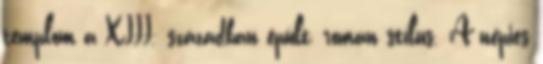
templom a XIII. században épült, román stílus. A népies